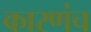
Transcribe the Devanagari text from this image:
कारणंच